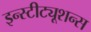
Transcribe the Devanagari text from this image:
इन्स्टीट्यूशन्स